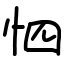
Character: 怬